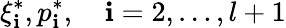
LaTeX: {\xi}_{\mathbf{i}}^{\ast},{p}_{\mathbf{i}}^{\ast},\quad\mathbf{i}=2,\dots,l+1